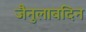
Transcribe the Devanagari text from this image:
जैनुलाबदिन